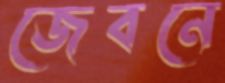
জেবনে